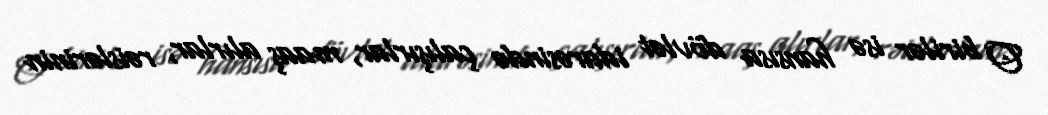
O birilər isə hansısa dövlət idarəsində çalışırlar, maaş alırlar, rəislərinin